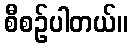
စီစဉ်ပါတယ်။